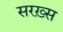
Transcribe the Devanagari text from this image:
सरख़्स